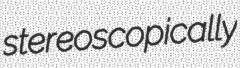
stereoscopically